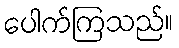
ပေါက်ကြသည်။